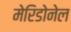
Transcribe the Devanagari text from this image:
मेरिडोनेल